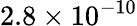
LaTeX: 2.8\times 10^{-10}